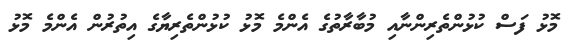
މޮޅު ފަސް ކުޅުންތެރިންނާއި މުބާރާތުގެ އެންމެ މޮޅު ކުޅުންތެރިޔާގެ އިތުރުން އެންމެ މޮޅު